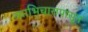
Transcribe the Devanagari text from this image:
व्याभिचारापासून